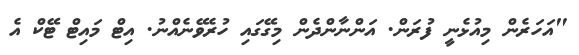
"އަހަރެން މިއުޅެނީ ފުރަން. އަންނާންދެން މިގޭގައި ހުރެވޭނެއްނު. އިޓް މައިޓް ޓޭކް އެ